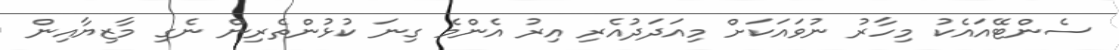
ސެންޓޭއައެކު މިހާރު ނުވައަކަށް މިއަދަދުއެރި އިރު އެންމެ ގިނަ ކުޅުންތެރިން ނެގި މާޒިޔާއިން